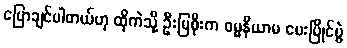
ပြောချင်ပါတယ်ဟု ထိုကဲသို့ ဦးမြစိုးက ဓမ္မနိယာမ ပေးပြိုင်ပွဲ